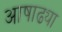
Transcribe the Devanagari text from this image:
आषाढ्या